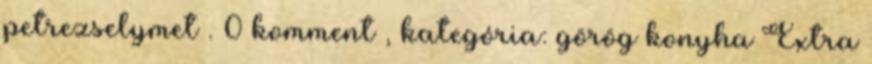
petrezselymet . 0 komment , kategória: görög konyha Extra